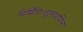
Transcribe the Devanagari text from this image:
निर्मिताःशूलपाणिना